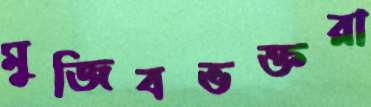
মুজিবভক্তরা